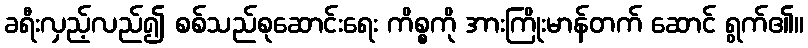
ခရီးလှည့်လည်၍ စစ်သည်စုဆောင်းရေး ကိစ္စကို အားကြိုးမာန်တက် ဆောင် ရွက်၏။